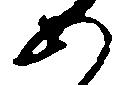
あ